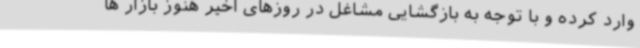
وارد کرده و با توجه به بازگشایی مشاغل در روزهای اخیر هنوز بازار ها